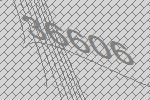
36606